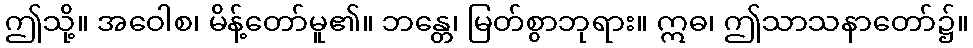
ဤသို့။ အဝေါစ၊ မိန့်တော်မူ၏။ ဘန္တေ၊ မြတ်စွာဘုရား။ ဣဓ၊ ဤသာသနာတော်၌။